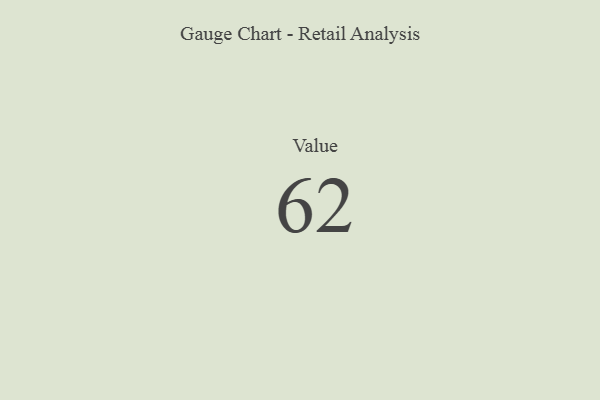
{"axis": {"x": "Metric", "y": "Value"}, "legend": [""], "data": [{"x": "Value", "y": 62, "type": ""}]}